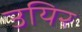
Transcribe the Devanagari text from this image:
उयिर